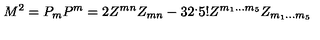
M ^ { 2 } = P _ { m } P ^ { m } = 2 Z ^ { m n } Z _ { m n } - 3 2 ^ { . } 5 ! Z ^ { m _ { 1 } . . . m _ { 5 } } Z _ { m _ { 1 } . . . m _ { 5 } }